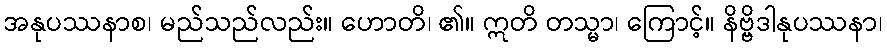
အနုပဿနာစ၊ မည်သည်လည်း။ ဟောတိ၊ ၏။ ဣတိ တသ္မာ၊ ကြောင့်။ နိဗ္ဗိဒါနုပဿနာ၊